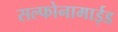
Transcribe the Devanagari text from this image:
सल्फोनामाईड